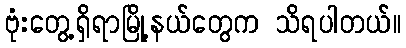
ဗုံးတွေ့ရှိရာမြို့နယ်တွေက သိရပါတယ်။